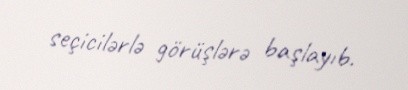
seçicilərlə görüşlərə başlayıb.